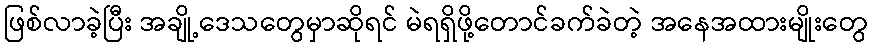
ဖြစ်လာခဲ့ပြီး အချို့ဒေသတွေမှာဆိုရင် မဲရရှိဖို့တောင်ခက်ခဲတဲ့ အနေအထားမျိုးတွေ